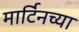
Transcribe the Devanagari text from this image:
मार्टिनच्या